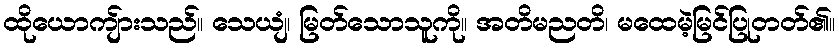
ထိုယောကျ်ားသည်။ သေယျံ၊ မြတ်သောသူကို။ အတိမညတိ၊ မထေမဲ့မြင်ပြုတတ်၏။